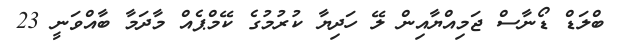
ބްލަޑް ޑޯނާސް ޖަމިއްޔާއިން ލޭ ހަދިޔާ ކުރުމުގެ ކޭމްޕެއް މާދަމާ ބާއްވަނީ 23